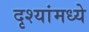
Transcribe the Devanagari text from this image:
दृश्यांमध्ये